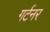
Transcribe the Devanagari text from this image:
गर्टनर